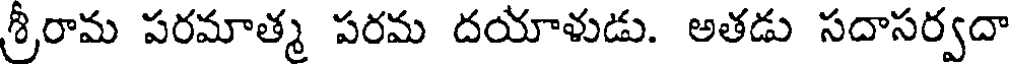
శ్రీరామ పరమాత్మ పరమ దయాళుడు. అతడు సదాసర్వదా